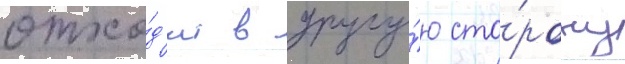
отхо́д'ит в другу́ю сто́рону